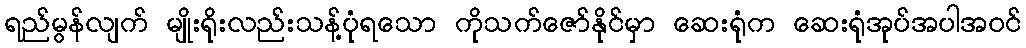
ရည်မွန်လျက် မျိုးရိုးလည်းသန့်ပုံရသော ကိုသက်ဇော်နိုင်မှာ ဆေးရုံက ဆေးရုံအုပ်အပါအဝင်